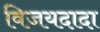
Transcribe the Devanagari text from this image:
विजयदादा